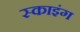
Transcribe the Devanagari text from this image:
स्काइंग